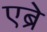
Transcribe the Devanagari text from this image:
एब्रे